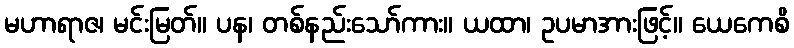
မဟာရာဇ၊ မင်းမြတ်။ ပန၊ တစ်နည်းသော်ကား။ ယထာ၊ ဥပမာအားဖြင့်။ ယေကေစိ